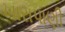
ખારાપાણી